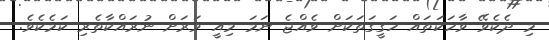
މި ދެކެވޭ ވާހަކަތައް ހަގީގަތަކަށް ވެއްޖެ ނަމަ މިއީ ވަރަށް ނުރައްކާތެރި ކަމެކެވެ.